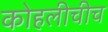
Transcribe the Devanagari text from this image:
कोहलीचीच